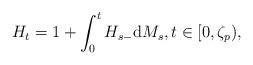
LaTeX: \begin{align*}H_{t}=1+\int_{0}^{t}H_{s-}{\rm d}M_{s}, t\in [0,\zeta_{p}),\end{align*}